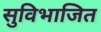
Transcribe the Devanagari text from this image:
सुविभाजित